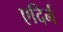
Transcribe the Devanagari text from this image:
एदिर्न